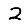
Digit: 2